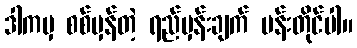
ဒါကမှ စစ်မှန်တဲ့ ရည်မှန်းချက် ပန်းတိုင်ပါ။